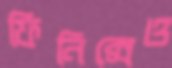
ফিনিক্সেও